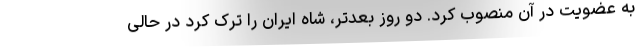
به عضویت در آن منصوب کرد. دو روز بعدتر، شاه ایران را ترک کرد در حالی